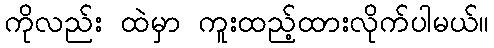
ကိုလည်း ထဲမှာ ကူးထည့်ထားလိုက်ပါမယ်။